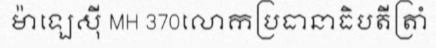
ម៉ាឡេស៊ី MH 370លោកប្រធានាធិបតីត្រាំ